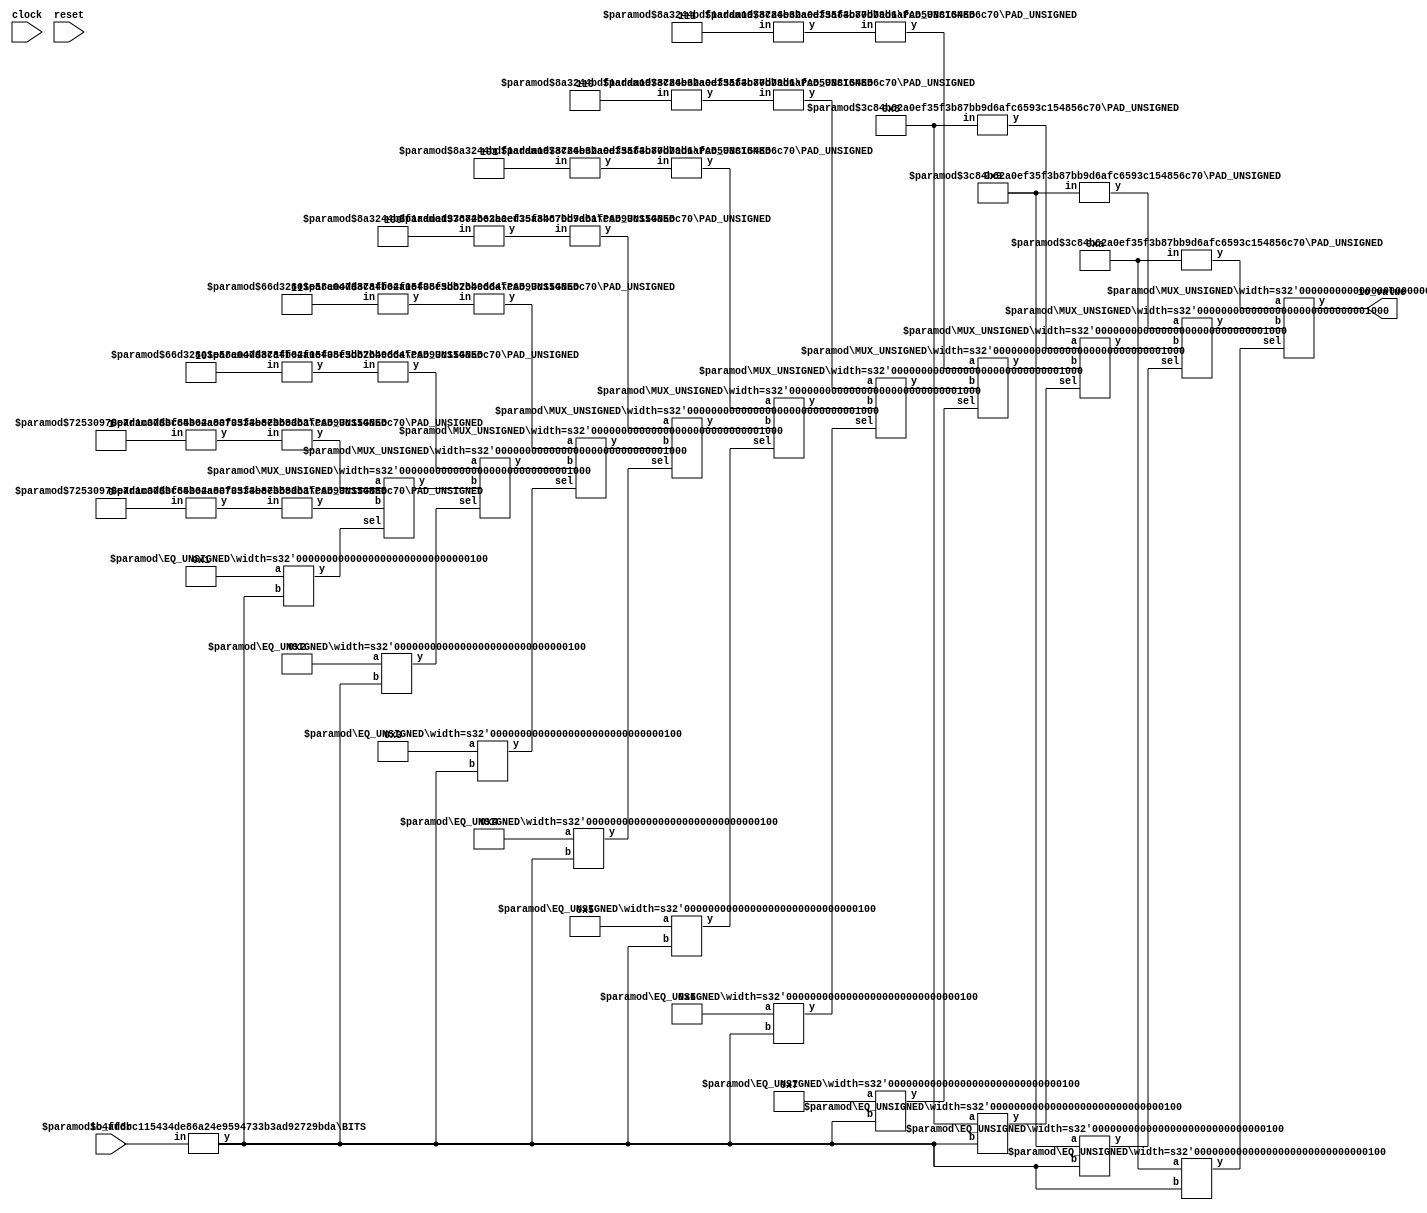
module VF(
    input clock,
    input reset,
    input [7:0] io_addr,
    output [7:0] io_value
);
    wire [7:0] vec_0;
    wire [7:0] vec_1;
    wire [7:0] vec_2;
    wire [7:0] vec_3;
    wire [7:0] vec_4;
    wire [7:0] vec_5;
    wire [7:0] vec_6;
    wire [7:0] vec_7;
    wire [7:0] vec_8;
    wire [7:0] vec_9;
    wire [7:0] vec_10;
    wire [3:0] _T_33_0;
    wire [3:0] _T_33_1;
    wire [3:0] _T_33_2;
    wire [3:0] _T_33_3;
    wire [3:0] _T_33_4;
    wire [3:0] _T_33_5;
    wire [3:0] _T_33_6;
    wire [3:0] _T_33_7;
    wire [3:0] _T_33_8;
    wire [3:0] _T_33_9;
    wire [3:0] _T_33_10;
    wire [3:0] _T_48;
    BITS #(.width(8), .high(3), .low(0)) bits_1 (
        .y(_T_48),
        .in(io_addr)
    );
    wire _node_0;
    EQ_UNSIGNED #(.width(4)) u_eq_2 (
        .y(_node_0),
        .a(4'd0),
        .b(_T_48)
    );
    wire [7:0] _node_1;
    assign _node_1 = vec_0;
    wire _node_2;
    EQ_UNSIGNED #(.width(4)) u_eq_3 (
        .y(_node_2),
        .a(4'd1),
        .b(_T_48)
    );
    wire [7:0] _node_3;
    MUX_UNSIGNED #(.width(8)) u_mux_4 (
        .y(_node_3),
        .sel(_node_2),
        .a(vec_1),
        .b(_node_1)
    );
    wire _node_4;
    EQ_UNSIGNED #(.width(4)) u_eq_5 (
        .y(_node_4),
        .a(4'd2),
        .b(_T_48)
    );
    wire [7:0] _node_5;
    MUX_UNSIGNED #(.width(8)) u_mux_6 (
        .y(_node_5),
        .sel(_node_4),
        .a(vec_2),
        .b(_node_3)
    );
    wire _node_6;
    EQ_UNSIGNED #(.width(4)) u_eq_7 (
        .y(_node_6),
        .a(4'd3),
        .b(_T_48)
    );
    wire [7:0] _node_7;
    MUX_UNSIGNED #(.width(8)) u_mux_8 (
        .y(_node_7),
        .sel(_node_6),
        .a(vec_3),
        .b(_node_5)
    );
    wire _node_8;
    EQ_UNSIGNED #(.width(4)) u_eq_9 (
        .y(_node_8),
        .a(4'd4),
        .b(_T_48)
    );
    wire [7:0] _node_9;
    MUX_UNSIGNED #(.width(8)) u_mux_10 (
        .y(_node_9),
        .sel(_node_8),
        .a(vec_4),
        .b(_node_7)
    );
    wire _node_10;
    EQ_UNSIGNED #(.width(4)) u_eq_11 (
        .y(_node_10),
        .a(4'd5),
        .b(_T_48)
    );
    wire [7:0] _node_11;
    MUX_UNSIGNED #(.width(8)) u_mux_12 (
        .y(_node_11),
        .sel(_node_10),
        .a(vec_5),
        .b(_node_9)
    );
    wire _node_12;
    EQ_UNSIGNED #(.width(4)) u_eq_13 (
        .y(_node_12),
        .a(4'd6),
        .b(_T_48)
    );
    wire [7:0] _node_13;
    MUX_UNSIGNED #(.width(8)) u_mux_14 (
        .y(_node_13),
        .sel(_node_12),
        .a(vec_6),
        .b(_node_11)
    );
    wire _node_14;
    EQ_UNSIGNED #(.width(4)) u_eq_15 (
        .y(_node_14),
        .a(4'd7),
        .b(_T_48)
    );
    wire [7:0] _node_15;
    MUX_UNSIGNED #(.width(8)) u_mux_16 (
        .y(_node_15),
        .sel(_node_14),
        .a(vec_7),
        .b(_node_13)
    );
    wire _node_16;
    EQ_UNSIGNED #(.width(4)) u_eq_17 (
        .y(_node_16),
        .a(4'd8),
        .b(_T_48)
    );
    wire [7:0] _node_17;
    MUX_UNSIGNED #(.width(8)) u_mux_18 (
        .y(_node_17),
        .sel(_node_16),
        .a(vec_8),
        .b(_node_15)
    );
    wire _node_18;
    EQ_UNSIGNED #(.width(4)) u_eq_19 (
        .y(_node_18),
        .a(4'd9),
        .b(_T_48)
    );
    wire [7:0] _node_19;
    MUX_UNSIGNED #(.width(8)) u_mux_20 (
        .y(_node_19),
        .sel(_node_18),
        .a(vec_9),
        .b(_node_17)
    );
    wire _node_20;
    EQ_UNSIGNED #(.width(4)) u_eq_21 (
        .y(_node_20),
        .a(4'd10),
        .b(_T_48)
    );
    wire [7:0] _node_21;
    MUX_UNSIGNED #(.width(8)) u_mux_22 (
        .y(_node_21),
        .sel(_node_20),
        .a(vec_10),
        .b(_node_19)
    );
    PAD_UNSIGNED #(.width(1), .n(4)) u_pad_23 (
        .y(_T_33_0),
        .in(1'h0)
    );
    PAD_UNSIGNED #(.width(1), .n(4)) u_pad_24 (
        .y(_T_33_1),
        .in(1'h1)
    );
    assign _T_33_10 = 4'hA;
    PAD_UNSIGNED #(.width(2), .n(4)) u_pad_25 (
        .y(_T_33_2),
        .in(2'h2)
    );
    PAD_UNSIGNED #(.width(2), .n(4)) u_pad_26 (
        .y(_T_33_3),
        .in(2'h3)
    );
    PAD_UNSIGNED #(.width(3), .n(4)) u_pad_27 (
        .y(_T_33_4),
        .in(3'h4)
    );
    PAD_UNSIGNED #(.width(3), .n(4)) u_pad_28 (
        .y(_T_33_5),
        .in(3'h5)
    );
    PAD_UNSIGNED #(.width(3), .n(4)) u_pad_29 (
        .y(_T_33_6),
        .in(3'h6)
    );
    PAD_UNSIGNED #(.width(3), .n(4)) u_pad_30 (
        .y(_T_33_7),
        .in(3'h7)
    );
    assign _T_33_8 = 4'h8;
    assign _T_33_9 = 4'h9;
    assign io_value = _node_21;
    PAD_UNSIGNED #(.width(4), .n(8)) u_pad_31 (
        .y(vec_0),
        .in(_T_33_0)
    );
    PAD_UNSIGNED #(.width(4), .n(8)) u_pad_32 (
        .y(vec_1),
        .in(_T_33_1)
    );
    PAD_UNSIGNED #(.width(4), .n(8)) u_pad_33 (
        .y(vec_10),
        .in(_T_33_10)
    );
    PAD_UNSIGNED #(.width(4), .n(8)) u_pad_34 (
        .y(vec_2),
        .in(_T_33_2)
    );
    PAD_UNSIGNED #(.width(4), .n(8)) u_pad_35 (
        .y(vec_3),
        .in(_T_33_3)
    );
    PAD_UNSIGNED #(.width(4), .n(8)) u_pad_36 (
        .y(vec_4),
        .in(_T_33_4)
    );
    PAD_UNSIGNED #(.width(4), .n(8)) u_pad_37 (
        .y(vec_5),
        .in(_T_33_5)
    );
    PAD_UNSIGNED #(.width(4), .n(8)) u_pad_38 (
        .y(vec_6),
        .in(_T_33_6)
    );
    PAD_UNSIGNED #(.width(4), .n(8)) u_pad_39 (
        .y(vec_7),
        .in(_T_33_7)
    );
    PAD_UNSIGNED #(.width(4), .n(8)) u_pad_40 (
        .y(vec_8),
        .in(_T_33_8)
    );
    PAD_UNSIGNED #(.width(4), .n(8)) u_pad_41 (
        .y(vec_9),
        .in(_T_33_9)
    );
endmodule //VF
module BITS(y, in);
    parameter width = 4;
    parameter high = 2;
    parameter low = 0;
    output [high-low:0] y;
    input [width-1:0] in;
    assign y = in[high:low];
endmodule // BITS
module EQ_UNSIGNED(y, a, b);
    parameter width = 4;
    output y;
    input [width-1:0] a;
    input [width-1:0] b;
    assign y = a == b;
endmodule // EQ_UNSIGNED
module MUX_UNSIGNED(y, sel, a, b);
    parameter width = 4;
    output [width-1:0] y;
    input sel;
    input [width-1:0] a;
    input [width-1:0] b;
    assign y = sel ? a : b;
endmodule // MUX_UNSIGNED
module PAD_UNSIGNED(y, in);
    parameter width = 4;
    parameter n = 4;
    output [(n > width ? n : width)-1:0] y;
    input [width-1:0] in;
    assign y = (n > width) ? {{(n - width){1'b0}}, in} : in;
endmodule // PAD_UNSIGNED